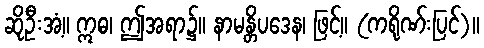
ဆိုဦးအံ့။ ဣဓ၊ ဤအရာ၌။ နာမန္တိပဒေန၊ ဖြင့်။ (ကရိုဏ်းပြင်)။